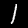
Digit: 1